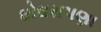
ઘોઘરાપણા